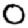
Digit: 0